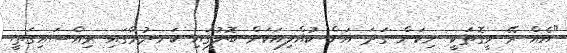
"އެއް ރޭ ވީގޮތަކީ ނިކަން ގަދަ އަށް ކުއްލިއަކަށް ބޮލުގައި ކަނދުރާގައި ރިއްސައިގަތީ.